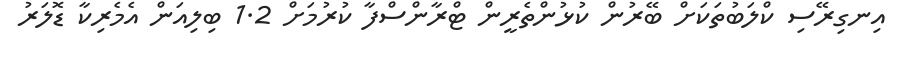
އިނގިރޭސި ކްލަބުތަކަށް ބޭރުން ކުޅުންތެރީން ޓްރާންސްފާ ކުރުމަށް 1.2 ބިލިއަން އެމެރިކާ ޑޮލަރު